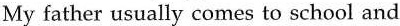
My father usually comes to school and